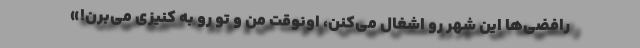
رافضی‌ها این شهر رو اشغال می‌کنن، اونوقت من و تو رو به کنیزی می‌برن!»